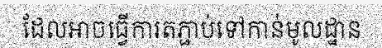
ដែលអាចធ្វើការតភ្ជាប់ទៅកាន់មូលដ្ឋាន